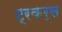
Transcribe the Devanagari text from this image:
ट्रकर्स